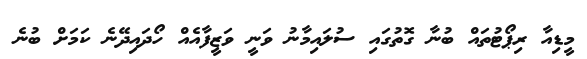
މީޑިއާ ރިޕޯޓުތައް ބުނާ ގޮތުގައި ސުލައިމާނު ވަނީ ވަޒީފާއެއް ހޯދައިދޭނެ ކަމަށް ބުނެ